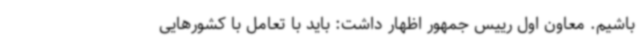
باشیم. معاون اول رییس جمهور اظهار داشت: باید با تعامل با کشورهایی